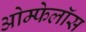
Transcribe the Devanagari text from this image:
ओम्फेलॉस